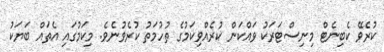
ކުރެވޭ ކެބިނެޓް މިނިސްޓަރަކު ވައްކަން ކުުރެއްވިކަމުގެ ތުހުމަތު ކުރެވުނެވެ. މިކަމުގައި އެތައް ބަޔަކު